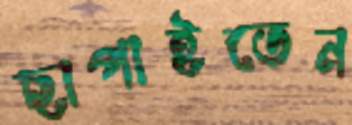
ছাপাইতেন